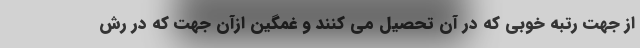
از جهت رتبه خوبی که در آن تحصیل می کنند و غمگین ازآن جهت که در رش